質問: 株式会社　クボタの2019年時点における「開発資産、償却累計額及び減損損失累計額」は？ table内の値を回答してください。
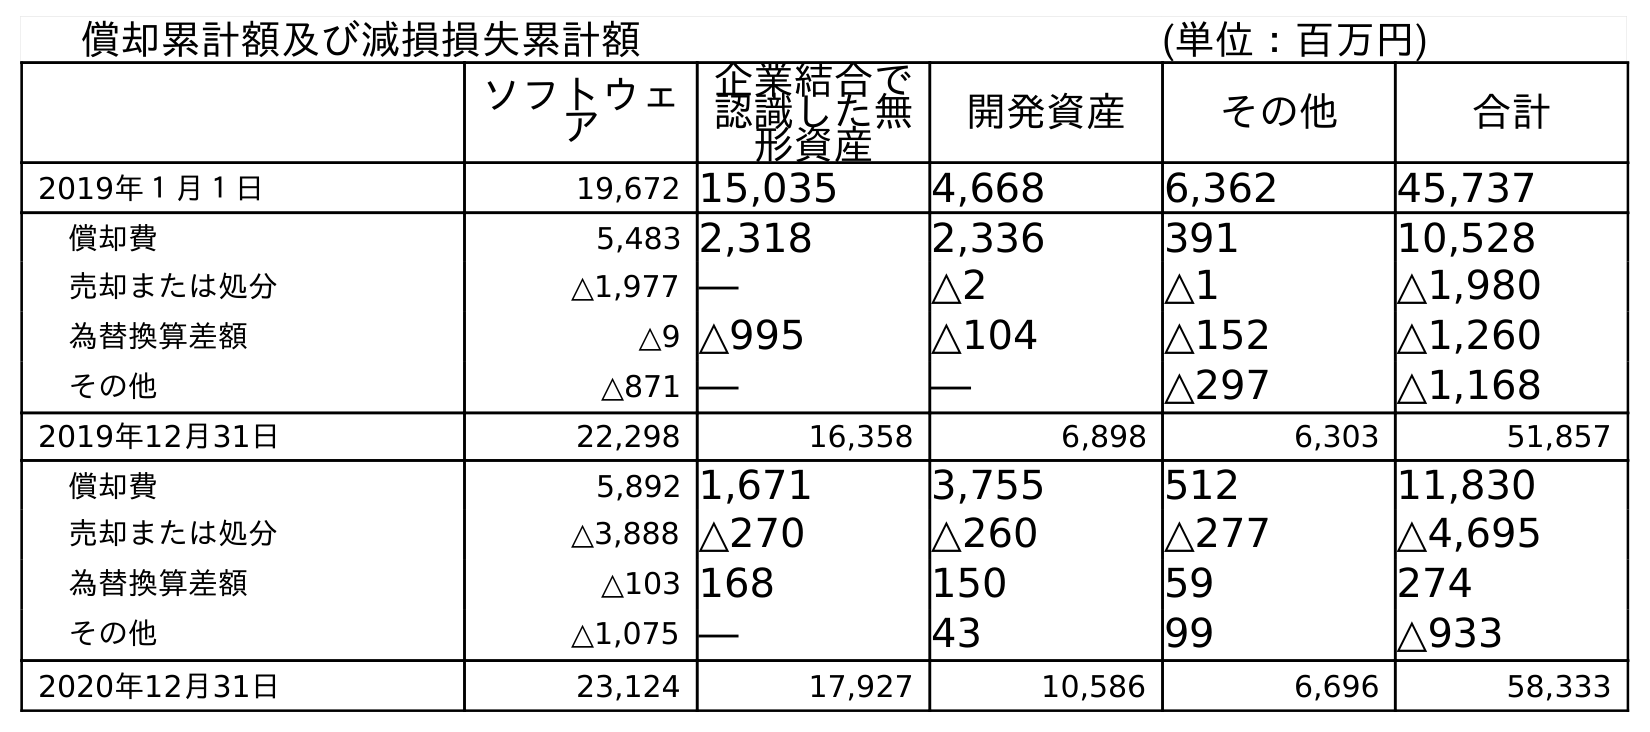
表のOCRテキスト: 償却累計額及び減損損失累計額 (単位：百万円) ソフトウェ ア 企業結合で 認識した無 形資産 開発資産 その他 合計 2019年１月１日 19,672 15,035 4,668 6,362 45,737 償却費 5,483 2,318 2,336 391 10,528 売却または処分 △1,977 ― △2 △1 △1,980 為替換算差額 △9 △995 △104 △152 △1,260 その他 △871 ― ― △297 △1,168 2019年12月31日 22,298 16,358 6,898 6,303 51,857 償却費 5,892 1,671 3,755 512 11,830 売却または処分 △3,888 △270 △260 △277 △4,695 為替換算差額 △103 168 150 59 274 その他 △1,075 ― 43 99 △933 2020年12月31日 23,124 17,927 10,586 6,696 58,333
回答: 6,898